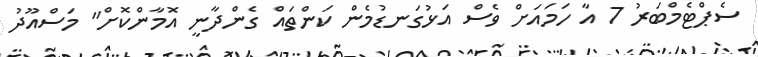
ސެޕްޓެމްބަރު 7 އާ ހަމައަށް ވެސް އަޅުގަނޑުމެން ކަންތައް ގެންދާނީ އޮމާންކޮށް" މަސްއޫދު